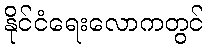
နိုင်ငံရေးလောကတွင်